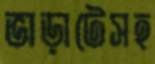
ভাড়াটেসহ